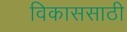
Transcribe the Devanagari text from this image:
विकाससाठी